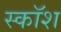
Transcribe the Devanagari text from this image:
स्कॉश